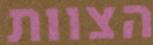
הצוות